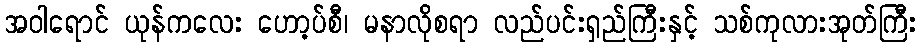
အဝါရောင် ယုန်ကလေး ဟော့ပ်စီ၊ မနာလိုစရာ လည်ပင်းရှည်ကြီးနှင့် သစ်ကုလားအုတ်ကြီး